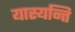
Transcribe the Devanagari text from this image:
यास्यन्ति